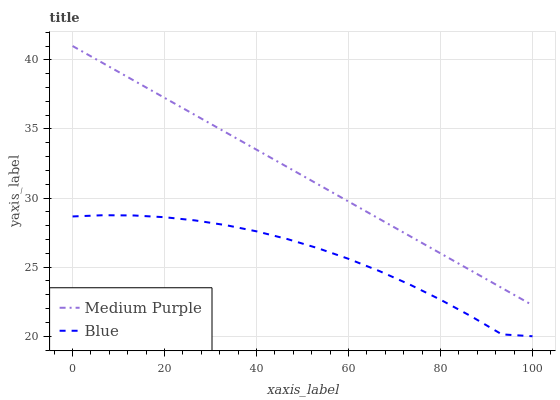
| xaxis_label | Medium Purple | Blue |
 | --- | --- | --- |
 | 0 | 41 | 28.7 |
 | 6.67 | 39.7 | 28.8 |
 | 13.3 | 38.5 | 28.7 |
 | 20 | 37.2 | 28.6 |
 | 26.7 | 36 | 28.4 |
 | 33.3 | 34.7 | 28 |
 | 40 | 33.5 | 27.6 |
 | 46.7 | 32.2 | 27 |
 | 53.3 | 31 | 26.4 |
 | 60 | 29.7 | 25.6 |
 | 66.7 | 28.5 | 24.7 |
 | 73.3 | 27.2 | 23.7 |
 | 80 | 26 | 22.6 |
 | 86.7 | 24.7 | 21.4 |
 | 93.3 | 23.5 | 20.1 |
 | 100 | 22.2 | 20 |